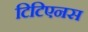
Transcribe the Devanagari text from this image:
टिटिएनस